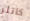
كاتلر